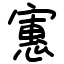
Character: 寭